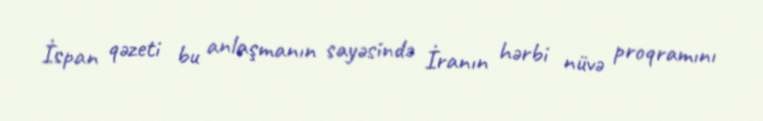
İspan qəzeti bu anlaşmanın sayəsində İranın hərbi nüvə proqramını